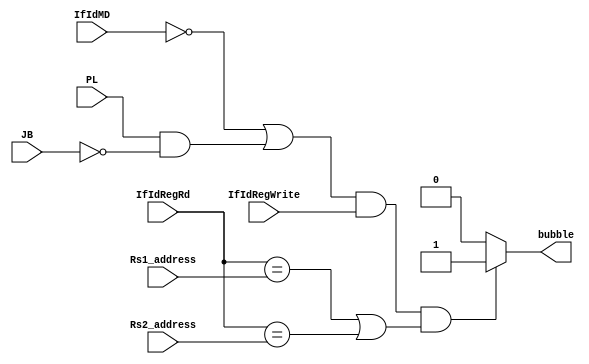
`timescale 1ns / 1ps

module HazardDetect( input [4:0] Rs1_address ,
		     input [4:0] Rs2_address ,
	             input [4:0]IfIdRegRd ,
	             input [1:0]IfIdMD ,
		     input IfIdRegWrite ,
		     input PL, JB,
	             output reg bubble    );

always@ (*)
begin

if ( (IfIdMD == 2'b00 || (PL && ~JB ) ) && (IfIdRegWrite) &&  ( (IfIdRegRd == Rs1_address) || (IfIdRegRd == Rs2_address)) )// && ( ~Rs2_sel) )
    bubble = 1'b1 ;
else 
    bubble = 1'b0 ;
 
end

endmodule